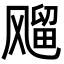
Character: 飗